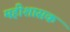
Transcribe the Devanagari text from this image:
महीशासक